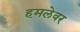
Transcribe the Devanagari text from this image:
हमलेवर